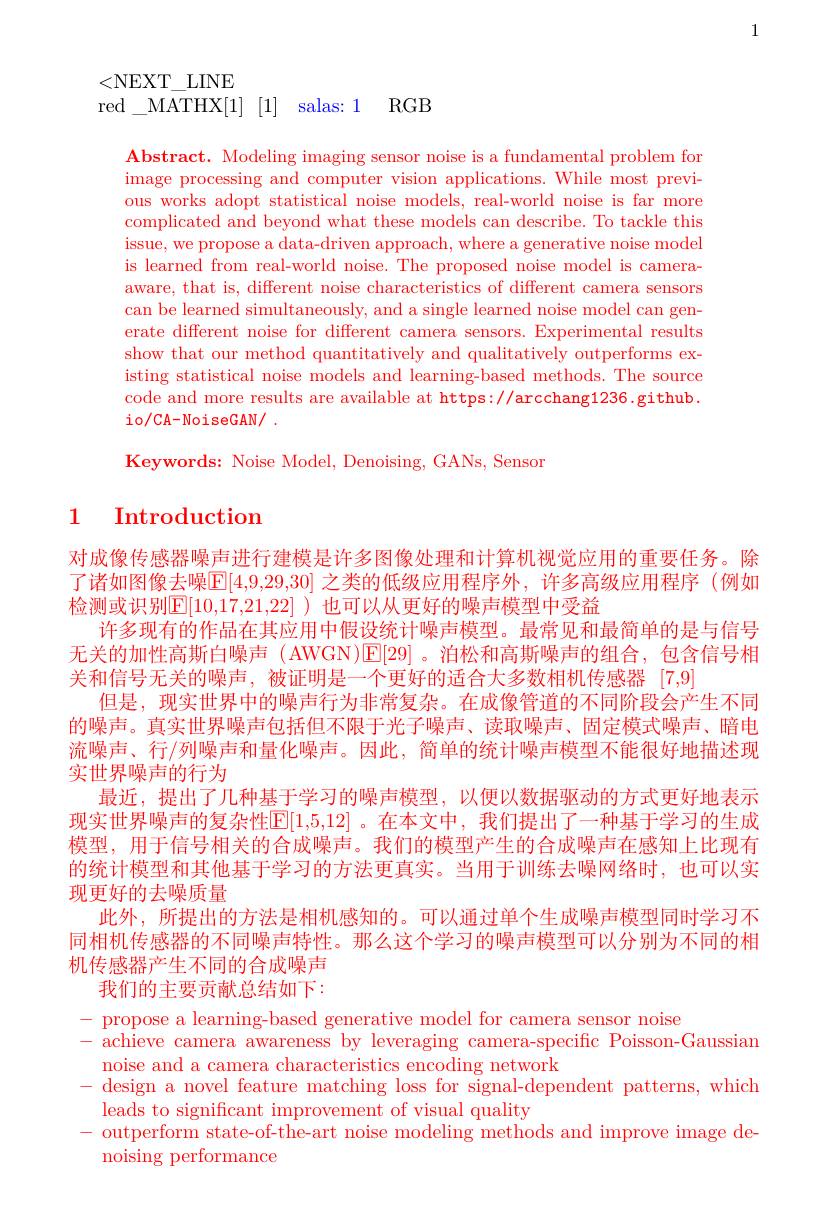
1

<NEXT\_LINE
red\_MATHX[1] [1] salas: 1 RGB

$\textbf{Abstract. Modeling imaging sensor noise is a fundamental problem for}$ image processing and computer vision applications. While most previous works adopt statistical noise models, real-world noise is far more complicated and beyond what these models can describe. To tackle this issue, we propose a data-driven approach, where a generative noise model is learned from real-world noise. The proposed noise model is cameraaware, that is, different noise characteristics of different camera sensors can be learned simultaneously, and a single learned noise model can generate different noise for different camera sensors. Experimental results show that our method quantitatively and qualitatively outperforms existing statistical noise models and learning-based methods. The source code and more results are available at https://arcchang1236.github. io/CA-NoiseGAN/ .
Keywords: Noise Model, Denoising, GANs, Sensor

## 1 Introduction

对成像传感器噪声进行建模是许多图像处理和计算机视觉应用的重要任务。除了诸如图像去噪$\boxed{\mathbb{E}}[4,9,29,30]$ 之类的低级应用程序外，许多高级应用程序 (例如检测或识别$\mathbb{E}[10,17,21,22]$ )也可以从更好的噪声模型中受益
许多现有的作品在其应用中假设统计噪声模型。最常见和最简单的是与信号无关的加性高斯白噪声 ( AWGN)E[29] 。泊松和高斯噪声的组合，包含信号相关和信号无关的噪声，被证明是一个更好的适合大多数相机传感器[7,9]
但是，现实世界中的噪声行为非常复杂。在成像管道的不同阶段会产生不同的噪声。真实世界噪声包括但不限于光子噪声、读取噪声、固定模式噪声、暗电流噪声、行/列噪声和量化噪声。因此，简单的统计噪声模型不能很好地描述现实世界噪声的行为
最近，提出了几种基于学习的噪声模型，以便以数据驱动的方式更好地表示现实世界噪声的复杂性$\mathbb{E}[1,5,12]$ 。在本文中，我们提出了一种基于学习的生成模型，用于信号相关的合成噪声。我们的模型产生的合成噪声在感知上比现有的统计模型和其他基于学习的方法更真实。当用于训练去噪网络时，也可以实现更好的去噪质量
此外，所提出的方法是相机感知的。可以通过单个生成噪声模型同时学习不同相机传感器的不同噪声特性。那么这个学习的噪声模型可以分别为不同的相机传感器产生不同的合成噪声
我们的主要贡献总结如下：
propose a learning-based generative model for camera sensor noise
achieve camera awareness by leveraging camera-specific Poisson-Gaussian
noise and a camera characteristics encoding network
design a novel feature matching loss for signal-dependent patterns, which
leads to significant improvement of visual quality
- outperform state-of-the-art noise modeling methods and improve image de-
noising performance